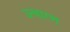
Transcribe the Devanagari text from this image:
उत्चारण